Lunatic asylums Punjab 1868-1880 - 1868-1880
Year: 1868
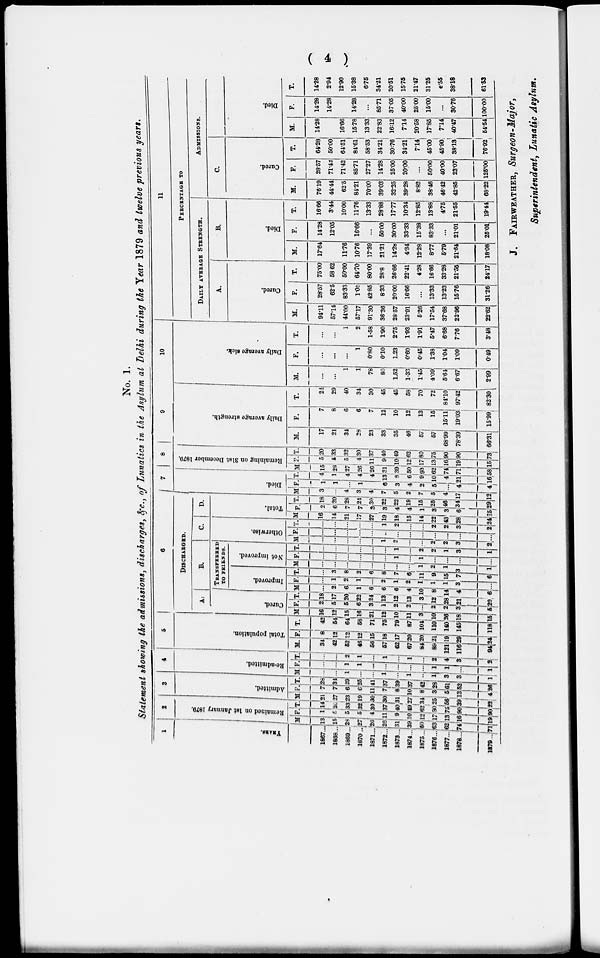
( 4 )
No. 1.
Statement showing the admissions, discharges, &c., of Lunatics in the Asylum at Delhi during the Year 1879 and twelve previous years.
1
YEARS.
1867...
1868...
1869...
1870...
1871...
1872...
1873...
1874...
1875...
1876...
1877...
1878...
1879...
2
Remained on 1st January 1879.
M.
13
15
28
27 26
26
31
39
50
63
62
74
71
F.
1
5
5
5
4
11
9
10
12
17
13
16
19
T.
14
26
33
32
30
37
40
49
62
80
75
90
90
3
Admitted.
M.
21
27
23
19
30 30
31
27
34
25 56
39
22
F.
7
7
6
6
11
7
8
10
8
3
5
13
4
T.
28
34
29
25
41
37
39
37
42
28
61
53
26
4
Re-admitted.
M.
...
...
1
...
...
1
...
1
...
1
3
3
1
F.
...
...
l
1
...
...
...
...
...
1
1
...
1
T.
...
...
2
1
...
1
...
1
...
2
4
3
2
5
Total population.
M.
34
42
52
46
56
57
62
67
84
89
121
116
94
F.
8
12
12
12
15
18
17
20
20
21
19
29
24
T.
42
54
64
58
71
75
79
87
104
110
140
145
118
6
DISCHARGED.
A.
Cured.
M
16
12
15
16
21
12
10
11
3
10
26
18
15
F.
2
5
5
6
3
1
2
2
...
2
2
3
5
T.
18
17 20
22
24
13
12
13
3
12
28
21
20
B.
TRANSFERED
TO FRIENDS.
Improved.
M
...
2
6
1
6
6
6
4
10
8
14
4
6
F.
...
1
2
1
...
2
1
2
1
1
1
3
...
T.
...
3
8
2
6
8
7
6
11
9
15
7
6
Not improved.
M.
...
...
...
...
...
...
...
...
l
2
1
3
...
F.
...
...
...
...
...
...
1
...
1
...
...
...
6
T.
...
...
...
...
...
...
1
...
2
2
1
3
1
C.
Otherwise.
M.
...
...
...
...
...
1
2
...
...
2
2
3
2
F.
...
...
...
...
...
...
...
...
...
...
...
...
...
T.
...
...
...
...
...
1
2
...
...
2
2
3
2
D.
Total.
M
16 14
21
17
27
19
18
15
14
22
43
28
24
F.
2
6
7
7
3
3
4
4
1
3
3
6
15
T.
18
20
28
24
30
22
22
19
15
25
46
34
29
7
Died.
M.
3
...
4
3
4
7
5
2
7
5
4
17
12
F.
1
1
...
1
6
3
4
2
5
...
4
4
T.
4
1
4
4
4
13
8
6
9
10
4
21
16
8
Remaining on 31st December 1879.
M.
15
28
27
26
26
31
39
50
93
62
74
71
58
F.
5
5
5
4
11
9
10
12
17
13
16
19
15
T.
20
33
32
30
37 40
49
62
80
75
90
90
73
9
Daily average strength.
M.
17
21
34
28
23
33
35
46
57
57
68.99
78.39
66.31
F.
7
8
6
6
7
12
10
12
13
15
15.11
19.03
15.99
T.
24
29
40
34
30
45
45
58
70
72
84.10
97.42
82.30
10
Daily average sick.
M.
...
...
1
1
78
80
1.52
1.33
1.45
4.09
5.64
6.67
2.99
F.
...
...
...
1
0.80
0.10
1.23
0.60
0.45
1.38
1.04
1.09
0.49
T.
...
...
1
2
1.58
1.90
2.75
1.93
1.91
5.47
6.68
7.76
3.48
11
PERCENTAGE TO
DAILY AVERAGE STRENGTH.
A.
Cured.
M.
94.11
57.14
44.00
57.17
91.30
36.36
28.57
23.91
5.26
17.54
37.68
22.96
22.62
F.
28.57
62.5
83.33
1.00
42.85
8.33
20.00
16.66
...
13.33
13.23
15.76
31.26
T.
75.00
58.62
50.00
64.70
80.00
28.8
26.66
22.41
4.28
16.66
33.28
21.55
24.17
B.
Died.
M.
17.64
...
11.76
10.76
17.39
21.21
14.28
4.34
12.28
8.77
5.79
21.64
18.08
F.
14.28
12.05
16.66
...
50.00
30.00
33.33
15.38
83.33
...
21.01
25.01
T.
16.66
3.44
10.00
11.76
13.33
28.88
17.77
10.34
12.85
13.88
4.75
51.55
19.44
ADMISSIONS.
C.
Cured.
M.
76.19
44.44
62.5
84.21
70.00
39.03
32.25
39.28
8.82
38.46
46.42
42.85
68.22
F.
28.57
71.42
71.42
85.71
27.27
14.28
25.00
20.00
...
50.00
40.00
23.07
125.00
T.
64.28
50.00
64.51
84.61
58.53
34.21
30.76
34.21
7.14
45.00
45.90
38.13
76.92
Died.
M.
14.28
16.66
15.78
13.33
22.83
16.12
7.14
20.58
17.85
7.14
40.47
54.54
F.
14.28
14.28
14.28
...
85.71
37.05
40.00
25.00
15.00
...
30.76
100.00
T.
14.28
2.94
12.90
15.38
6.75
34.21
20.51
15.75
21.47
31.25
8.55
38.18
61.53
J. FAIRWEATHER, Surgeon-Major,
Superintendent, Lunatic Asylum.